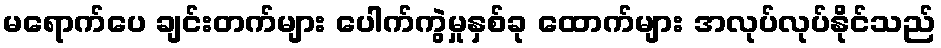
မရောက်ပေ ချင်းတက်များ ပေါက်ကွဲမှုနှစ်ခု ထောက်များ အလုပ်လုပ်နိုင်သည်